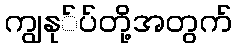
ကျွနု်ပ်တို့အတွက်